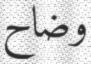
وضاح